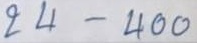
24 - 400